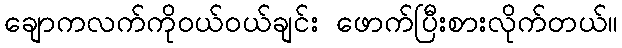
ချောကလက်ကိုဝယ်ဝယ်ချင်း ဖောက်ပြီးစားလိုက်တယ်။